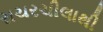
રાચરચીલાથી